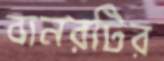
বানরটির